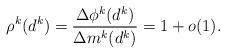
LaTeX: \begin{align*} \rho^k(d^k) = \frac{\Delta\phi^k(d^k)}{\Delta m^k(d^k)} = 1 + o(1).\end{align*}